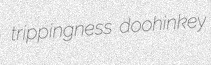
trippingness doohinkey